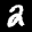
Label: 2